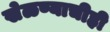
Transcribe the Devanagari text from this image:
खेळण्याचीही